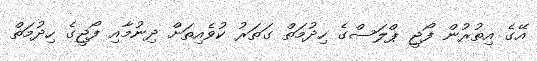
އޭގެ އިތުރުން ފޯޖީ ޕްލަސްގެ ހިދުމަތް ގަތަރު ކުވެއިތަށް ދިނުމާއި ފޯޖީގެ ހިދުމަތް